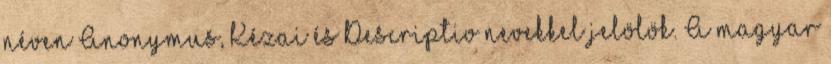
néven Anonymus, Kézai és Descriptio nevekkel jelölök. A magyar